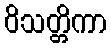
ဝိသတ္တိကာ